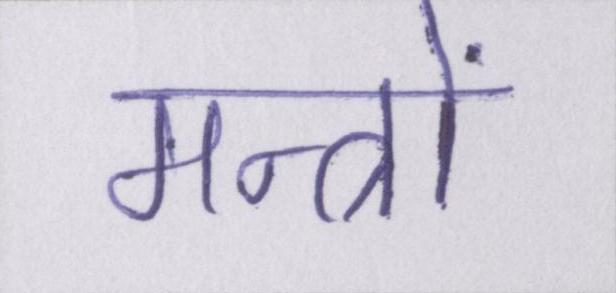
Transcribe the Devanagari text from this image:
मन्त्रों